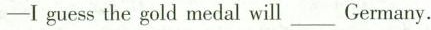
-Ⅰ guess the gold medal will_Germany.